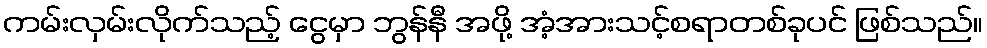
ကမ်းလှမ်းလိုက်သည့် ငွေမှာ ဘွန်နီ အဖို့ အံ့အားသင့်စရာတစ်ခုပင် ဖြစ်သည်။